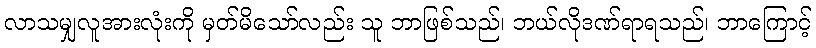
လာသမျှလူအားလုံးကို မှတ်မိသော်လည်း သူ ဘာဖြစ်သည်၊ ဘယ်လိုဒဏ်ရာရသည်၊ ဘာကြောင့်